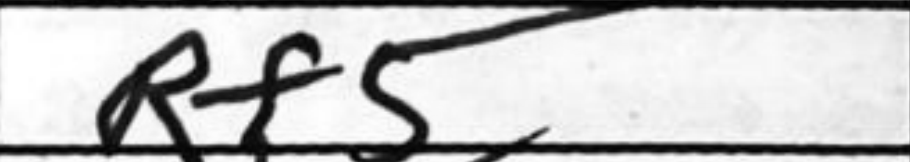
Transcription: Rf5